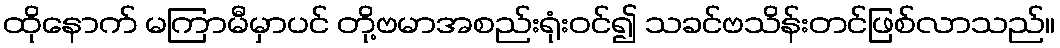
ထိုနောက် မကြာမီမှာပင် တို့ဗမာအစည်းရုံးဝင်၍ သခင်ဗသိန်းတင်ဖြစ်လာသည်။